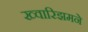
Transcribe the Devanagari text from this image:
ख्वारिझमने